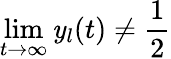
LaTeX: \operatorname*{lim}_{t\to\infty}\mathit{y}_{l}(t)\neq\frac{{1}}{{2}}